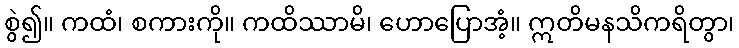
စွဲ၍။ ကထံ၊ စကားကို။ ကထိဿာမိ၊ ဟောပြောအံ့။ ဣတိမနသိကရိတွာ၊